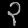
Digit: ၃